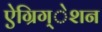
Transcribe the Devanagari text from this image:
ऐग्रिग्‌ेशन